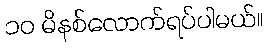
၁၀ မိနစ်လောက်ရပ်ပါမယ်။